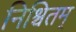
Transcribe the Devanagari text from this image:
निश्चितम्